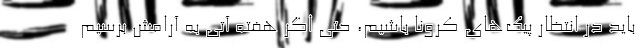
باید در انتظار پیک‌های کرونا باشیم، حتی اگر هفته آتی به آرامش برسیم